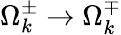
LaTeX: \Omega_{k}^{\pm}\to\Omega_{k}^{\mp}